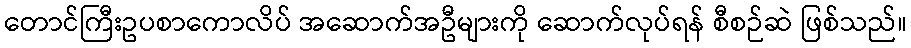
တောင်ကြီးဥပစာကောလိပ် အဆောက်အဦများကို ဆောက်လုပ်ရန် စီစဉ်ဆဲ ဖြစ်သည်။